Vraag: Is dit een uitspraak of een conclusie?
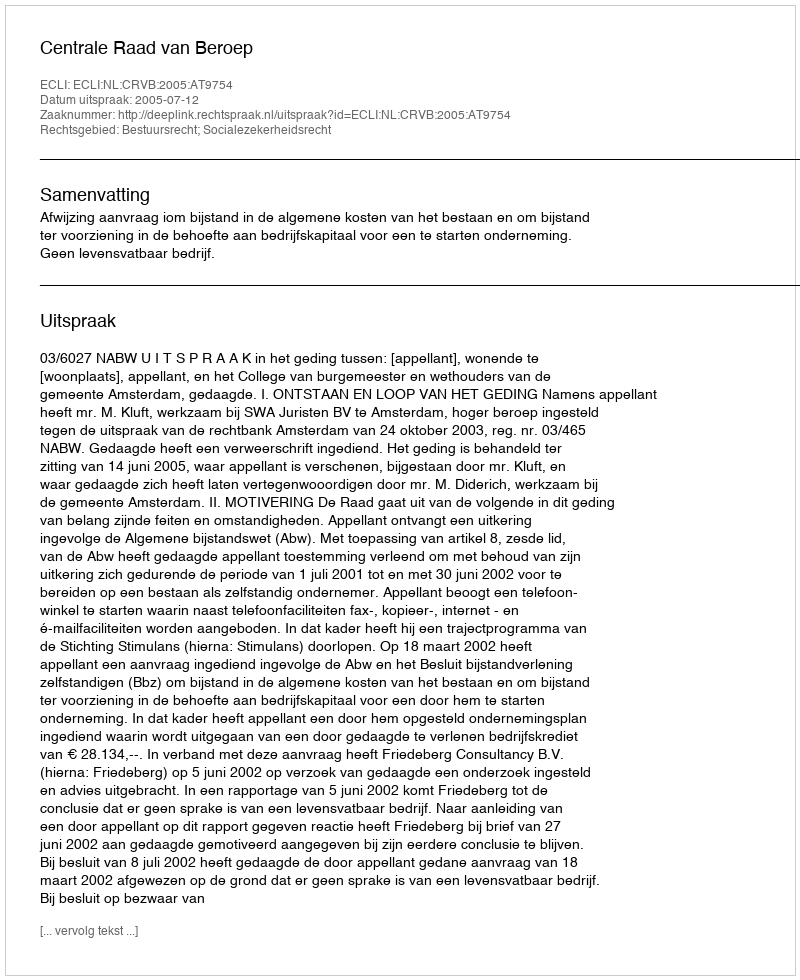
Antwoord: Uitspraak